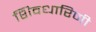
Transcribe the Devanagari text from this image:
शिवधारिणी